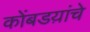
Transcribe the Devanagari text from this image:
कोंबडय़ांचे